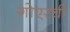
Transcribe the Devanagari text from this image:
गोएरची